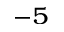
^ { - 5 }